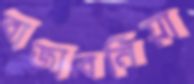
বাজাবনিয়া